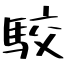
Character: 駮